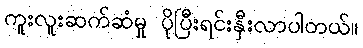
ကူးလူးဆက်ဆံမှု ပိုပြီးရင်းနှီးလာပါတယ်။